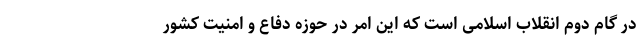
در گام دوم انقلاب اسلامی است که این امر در حوزه دفاع و امنیت کشور